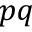
p q